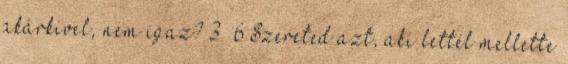
akárkivel, nem igaz? 3 6 Szereted azt, aki lettél mellette